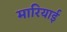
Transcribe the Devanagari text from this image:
मारियाई